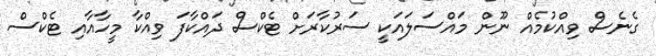
ގެނެސް ވިއްކުމެއް ނޫން މައްސަލައަކީ ސަރުކާރަށް ޓެކްސް ދައްކާފަ ވިއްކާ މީހާއާއި ޓެކްސް